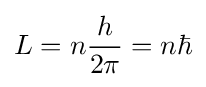
L=n{\frac {h}{2\pi }}=n\hbar